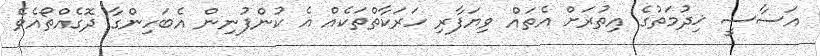
އަސާސީ ޚިދުމަތުގެ އިތުރަށް އެތައް ވިޔަފާރި ހަރަކާތްތަކެއް އެ ކުންފުނިން އެބަހިންގާ ދޮގެއްތޯއެވެ